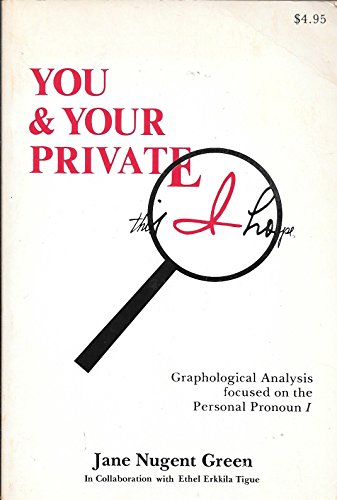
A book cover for You and Your Private I: Personality and the Written Self Image; Jane Nugent Green; Self-Help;